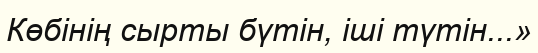
Көбінің сырты бүтін, іші түтін...»